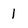
Character: 1